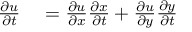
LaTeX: \begin{array} { r l } { { \frac { \partial u } { \partial t } } } & { { } = { \frac { \partial u } { \partial x } } { \frac { \partial x } { \partial t } } + { \frac { \partial u } { \partial y } } { \frac { \partial y } { \partial t } } } \end{array}